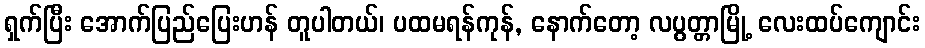
ရှက်ပြီး အောက်ပြည်ပြေးဟန် တူပါတယ်၊ ပထမရန်ကုန်, နောက်တော့ လပွတ္တာမြို့ လေးထပ်ကျောင်း